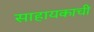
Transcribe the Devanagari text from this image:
साहायकाची